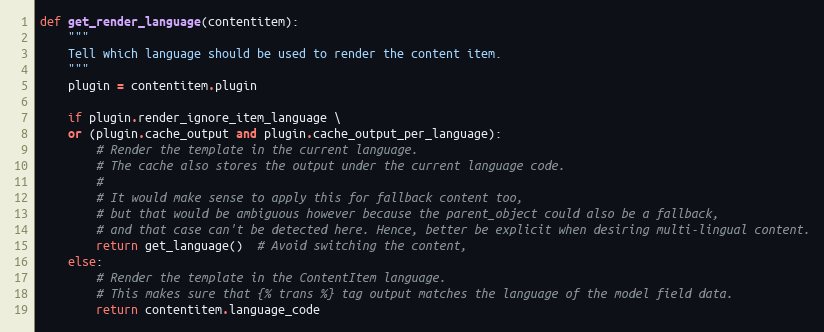
Language: Python
def get_render_language(contentitem):
    """
    Tell which language should be used to render the content item.
    """
    plugin = contentitem.plugin

    if plugin.render_ignore_item_language \
    or (plugin.cache_output and plugin.cache_output_per_language):
        # Render the template in the current language.
        # The cache also stores the output under the current language code.
        #
        # It would make sense to apply this for fallback content too,
        # but that would be ambiguous however because the parent_object could also be a fallback,
        # and that case can't be detected here. Hence, better be explicit when desiring multi-lingual content.
        return get_language()  # Avoid switching the content,
    else:
        # Render the template in the ContentItem language.
        # This makes sure that {% trans %} tag output matches the language of the model field data.
        return contentitem.language_code